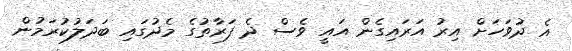
އެ ދުވަހަށް އިރު އަރައިގެން އައީ ވެސް ދެ ފަރާތުގެ މެދުގައި ބަދަލުކުރަމުން